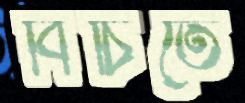
বিচিতে